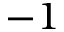
- 1